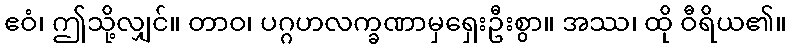
ဧဝံ၊ ဤသို့လျှင်။ တာဝ၊ ပဂ္ဂဟလက္ခဏာမှရှေးဦးစွာ။ အဿ၊ ထို ဝီရိယ၏။